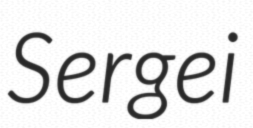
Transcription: Sergei